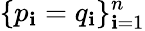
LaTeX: \{ p_{\mathbf{i}}=q_{\mathbf{i}}\} _{\mathbf{i}=1}^{n}